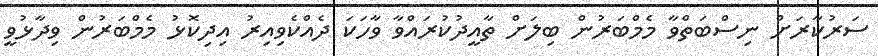
ސަރުކާރަށް ނިސްބަތްވާ މެމްބަރުން ބިލަށް ތާއީދުކުރައްވާ ވާހަކަ ދެއްކެވިއިރު އިދިކޮޅު މެމްބަރުން ވިދާޅުވީ